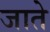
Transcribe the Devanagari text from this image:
जातेे